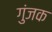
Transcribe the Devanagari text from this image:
गुंजक